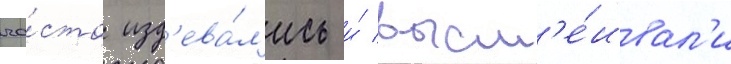
ча́сто изд'ева́л'ись и́ высм'е́ивал'и